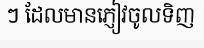
ៗ ដែលមានភ្ញៀវចូលទិញ